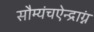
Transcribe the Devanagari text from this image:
सौम्यंचऐन्द्राग्नं